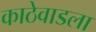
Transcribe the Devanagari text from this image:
काठेवाडला